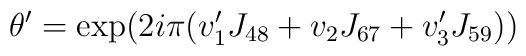
\theta' = \exp(2i\pi(v'_1 J_{48} + v_2 J_{67} + v'_3 J_{59}))